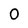
Character: 0